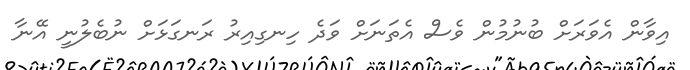
އިވާން އެވަރަށް ބުނުމުން ވެސް އެތަނަށް ވަދެ ހިނގިއިރު ރަނގަޅަށް ނުބެލުނީ އޭނާ